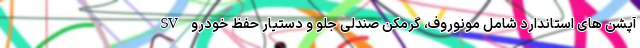
SV آپشن های استاندارد شامل مونوروف، گرمکن صندلی جلو و دستیار حفظ خودرو